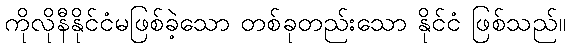
ကိုလိုနီနိုင်ငံမဖြစ်ခဲ့သော တစ်ခုတည်းသော နိုင်ငံ ဖြစ်သည်။